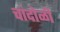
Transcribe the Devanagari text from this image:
चांदोळी